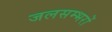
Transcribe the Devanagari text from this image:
जलसम्भरों